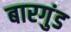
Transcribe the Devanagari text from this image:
बारगुंड